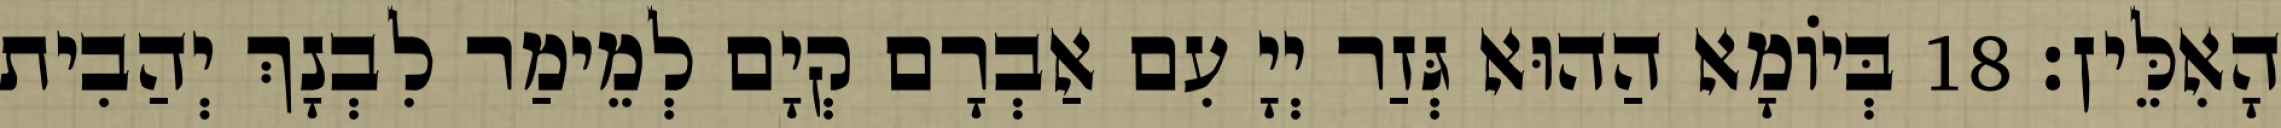
הָאִלֵּין׃ 18 בְּיוֹמָא הַהוּא גְּזַר יְיָ עִם אַבְרָם קְיָם לְמֵימַר לִבְנָךְ יְהַבִית